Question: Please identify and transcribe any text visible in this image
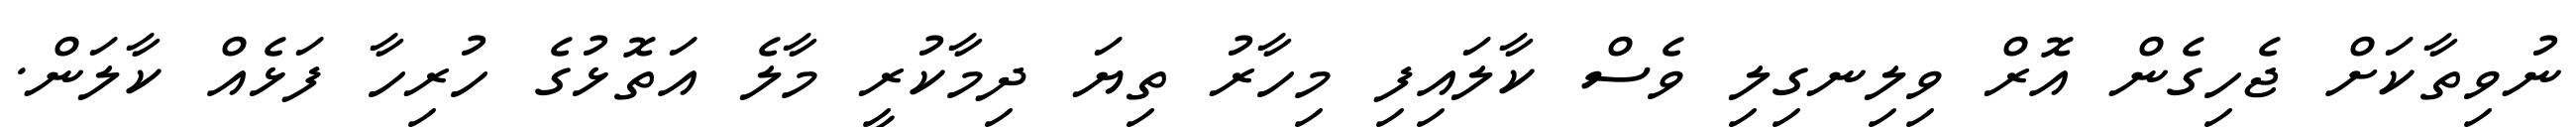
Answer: ނުވިތާކަށް ޖެހިގެން އޮރް ވިލިނގިލި ވެސް ކާލައިފި މިހާރު ތިޔަ ދިމާކުރީ މާލެ އަތޮޅުގެ ހުރިހާ ފަޅެއް ކާލަން.